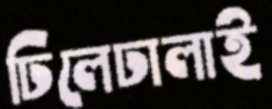
ঢিলেঢালাই